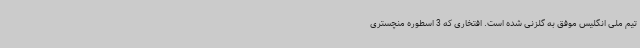
تیم ملی انگلیس موفق به گلزنی شده است. افتخاری که 3 اسطوره منچستری